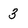
Character: 3